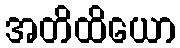
အတိထိယော